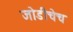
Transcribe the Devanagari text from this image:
जोडीचेच